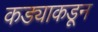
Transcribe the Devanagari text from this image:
कड्याकडून